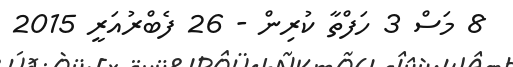
8 މަސް 3 ހަފްތާ ކުރިން - 26 ފެބްރުއަރީ 2015